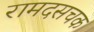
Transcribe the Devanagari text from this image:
रामदसचक